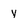
Character: y